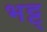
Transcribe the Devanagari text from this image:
भट्ट्